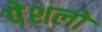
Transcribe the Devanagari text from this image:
पेशलो